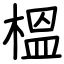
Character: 榲